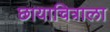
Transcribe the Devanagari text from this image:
छायाचित्राला